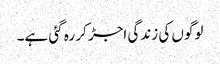
لوگوں کی زندگی اجڑ کر رہ گئی ہے۔